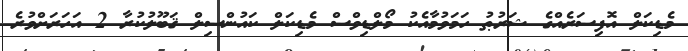
މެޑިކަލް އޮފިސަރެއްގެ ޝަރުޠު ހަމަވުމާއެކު މޯލްޑިވްސް މެޑިކަލް ކައުންސިލް ޤަބޫލުކުރާ 2 އަހަރަށްވުރެ